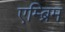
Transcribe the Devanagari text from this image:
एम्ब्रिम